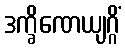
ဒက္ခိဏေယျဂ္ဂိံ